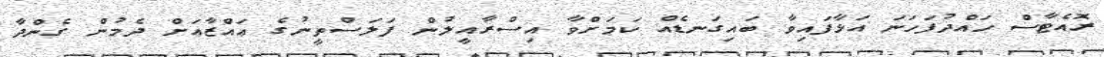
ރޮއެޓާސް ހައްދުފަހަނަ އަޅާފައިވާ ބައިގަނޑެއް ކަމަށްވާ އިސްރާއީލުން ފަލަސްތީނުގެ ޢައްޒާއަށް ދެމުން ގެންދާ